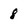
Character: 8